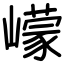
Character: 㠓